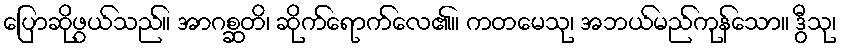
ပြောဆိုဖွယ်သည်။ အာဂစ္ဆတိ၊ ဆိုက်ရောက်လေ၏။ ကတမေသု၊ အဘယ်မည်ကုန်သော။ ဒွီသု၊